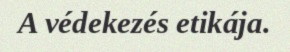
A védekezés etikája.